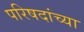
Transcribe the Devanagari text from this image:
परिषदांच्या